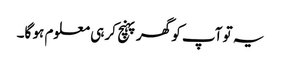
یہ تو آپ کو گھر پہنچ کر ہی معلوم ہو گا۔